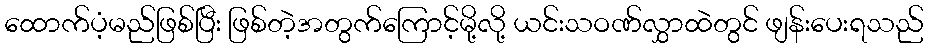
ထောက်ပံ့မည်ဖြစ်ပြီး ဖြစ်တဲ့အတွက်ကြောင့်မို့လို့ ယင်းသဝဏ်လွှာထဲတွင် ဖျန်းပေးရသည်